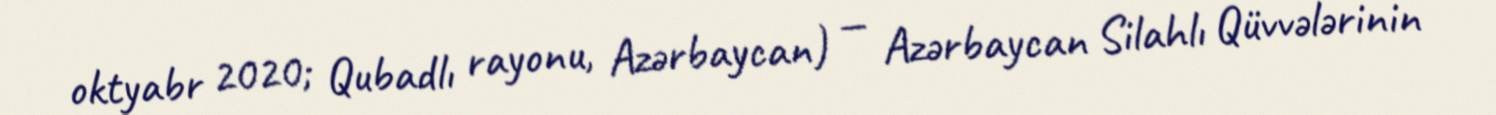
oktyabr 2020; Qubadlı rayonu, Azərbaycan) — Azərbaycan Silahlı Qüvvələrinin